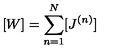
[ W ] = \sum _ { n = 1 } ^ { N } [ J ^ { ( n ) } ]